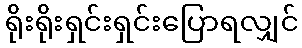
ရိုးရိုးရှင်းရှင်းပြောရလျှင်